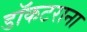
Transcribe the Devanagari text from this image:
डॉकटराना